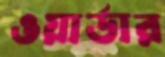
ওয়ার্ডার